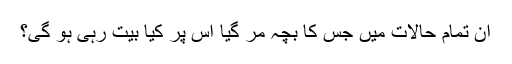
ان تمام حالات میں جس کا بچہ مر گیا اس پر کیا بیت رہی ہو گی؟